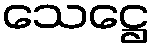
သေဋ္ဌေ